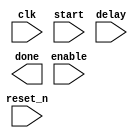
module delay_counter (input clk, reset_n, start, enable, input [7:0] delay, output done);
parameter BASIC_PERIOD=20'd500000;   // can change this value to make delay longer


endmodule